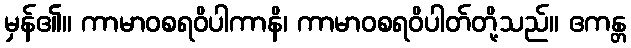
မှန်၏။ ကာမာဝစရဝိပါကာနိ၊ ကာမာဝစရဝိပါတ်တို့သည်။ ဧကန္တ